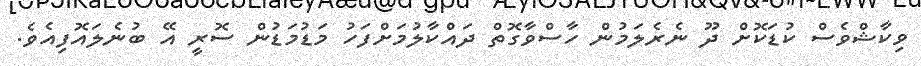
ވިކާޝްވެސް ކުޑަކޮށް ދޫ ނެރެލަމުން ހާސްވާގޮތް ދައްކާލުމަށްފަހު މަޑުމަޑުން ސޮރީ އޭ ބުނެލައޮފިއެވެ.